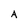
Character: A